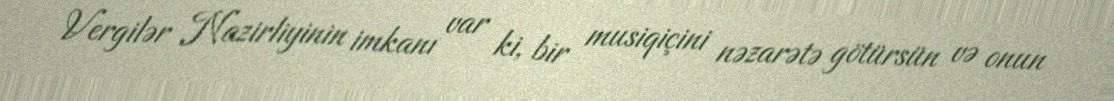
Vergilər Nazirliyinin imkanı var ki, bir musiqiçini nəzarətə götürsün və onun